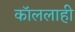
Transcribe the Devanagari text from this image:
कॉललाही